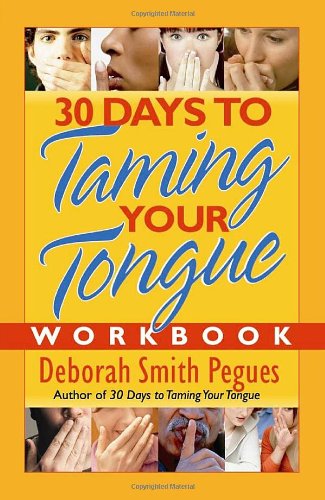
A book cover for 30 Days to Taming Your Tongue Workbook; Deborah Smith Pegues; Christian Books & Bibles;